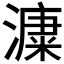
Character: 𣾩